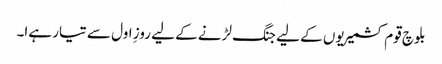
بلوچ قوم کشمیریوں کے لیے جنگ لڑنے کے لیے روزِ اول سے تیار ہےا۔